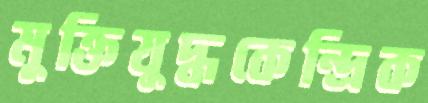
মুক্তিযুদ্ধকেন্দ্রিক